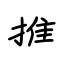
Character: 推